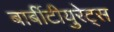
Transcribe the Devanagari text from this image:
बार्बीटीयुरेट्स